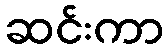
ဆင်းကာ